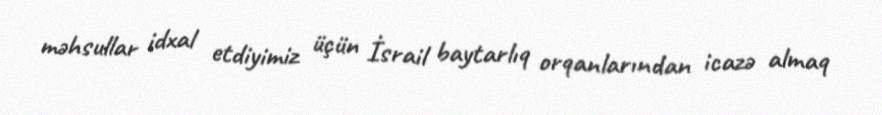
məhsullar idxal etdiyimiz üçün İsrail baytarlıq orqanlarından icazə almaq